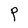
Character: P